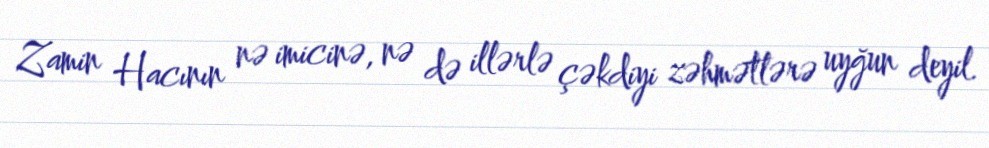
Zamin Hacının nə imicinə, nə də illərlə çəkdiyi zəhmətlərə uyğun deyil.